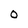
Character: 0